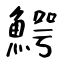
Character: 鰐